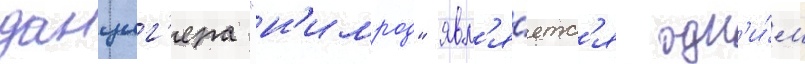
данциг'ера "н'имрод" явл'я́етс'я одн'и́м